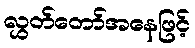
လွှတ်တော်အနေဖြင့်